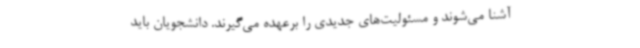
آشنا می‌شوند و مسئولیت‌های جدیدی را برعهده می‌گیرند. دانشجویان باید